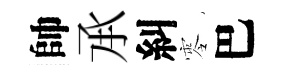
帥𠄘糾零巴